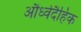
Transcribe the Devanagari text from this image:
और्ध्वदैहिक